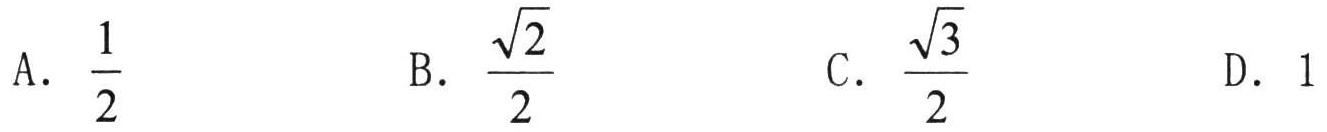
A. \(\frac{1}{2}\)  \qquad B. \(\frac{\sqrt{2}}{2}\)  \qquad C. \(\frac{\sqrt{3}}{2}\)  \qquad D. \(1\)